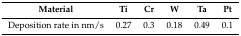
| Material | Ti | Cr | W | Ta | Pt |
 | --- | --- | --- | --- | --- | --- |
 | Deposition rate in nm/s | 0.27 | 0.3 | 0.18 | 0.49 | 0.1 |